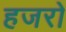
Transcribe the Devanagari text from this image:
हजरो